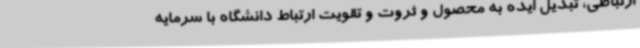
ارتباطی، تبدیل ایده به محصول و ثروت و تقویت ارتباط دانشگاه با سرمایه